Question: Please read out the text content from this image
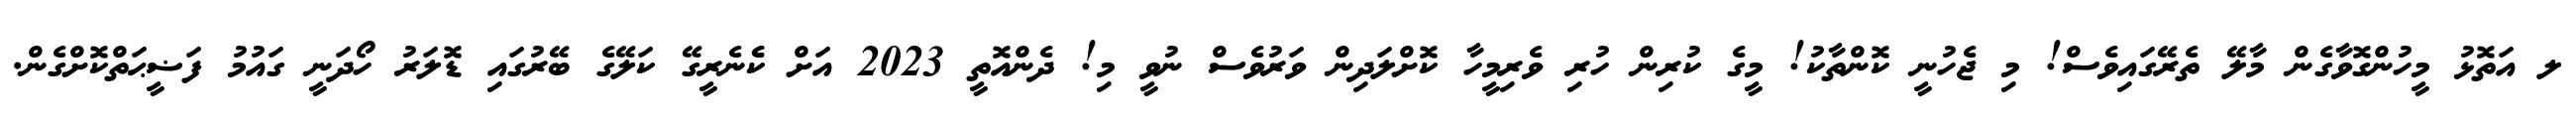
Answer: ލ އަތޮޅު މީހުންގޮވާގެން މާލޭ ތެރޭގައިވެސް! މި ޖެހުނީ ކޮންތާކު! މީގެ ކުރިން ހުރި ވެރިމީހާ ކޮށްލަދިން ވަރުވެސް ނުވީ މި! ދެންއޮތީ 2023 އަށް ކެެނެރީގޭ ކަލޭގެ ބޭރުގައި ޑޮލަރު ހޯދަނީ ގައުމު ފަޟީޙަތްކޮށްގެން.